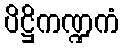
ပိဋ္ဌိကဏ္ဍကံ